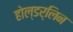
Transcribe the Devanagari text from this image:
होल्डर्लिन